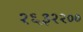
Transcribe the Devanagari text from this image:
२६३२२००